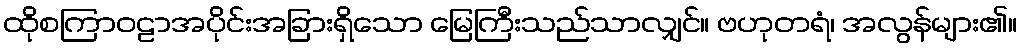
ထိုစကြာဝဠာအပိုင်းအခြားရှိသော မြေကြီးသည်သာလျှင်။ ဗဟုတရံ၊ အလွန်များ၏။